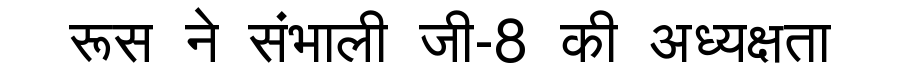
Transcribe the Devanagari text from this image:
रूस ने संभाली जी-8 की अध्यक्षता